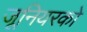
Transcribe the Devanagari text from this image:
जूनियरको